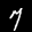
Label: 7